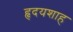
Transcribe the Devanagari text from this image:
हृदयशाह